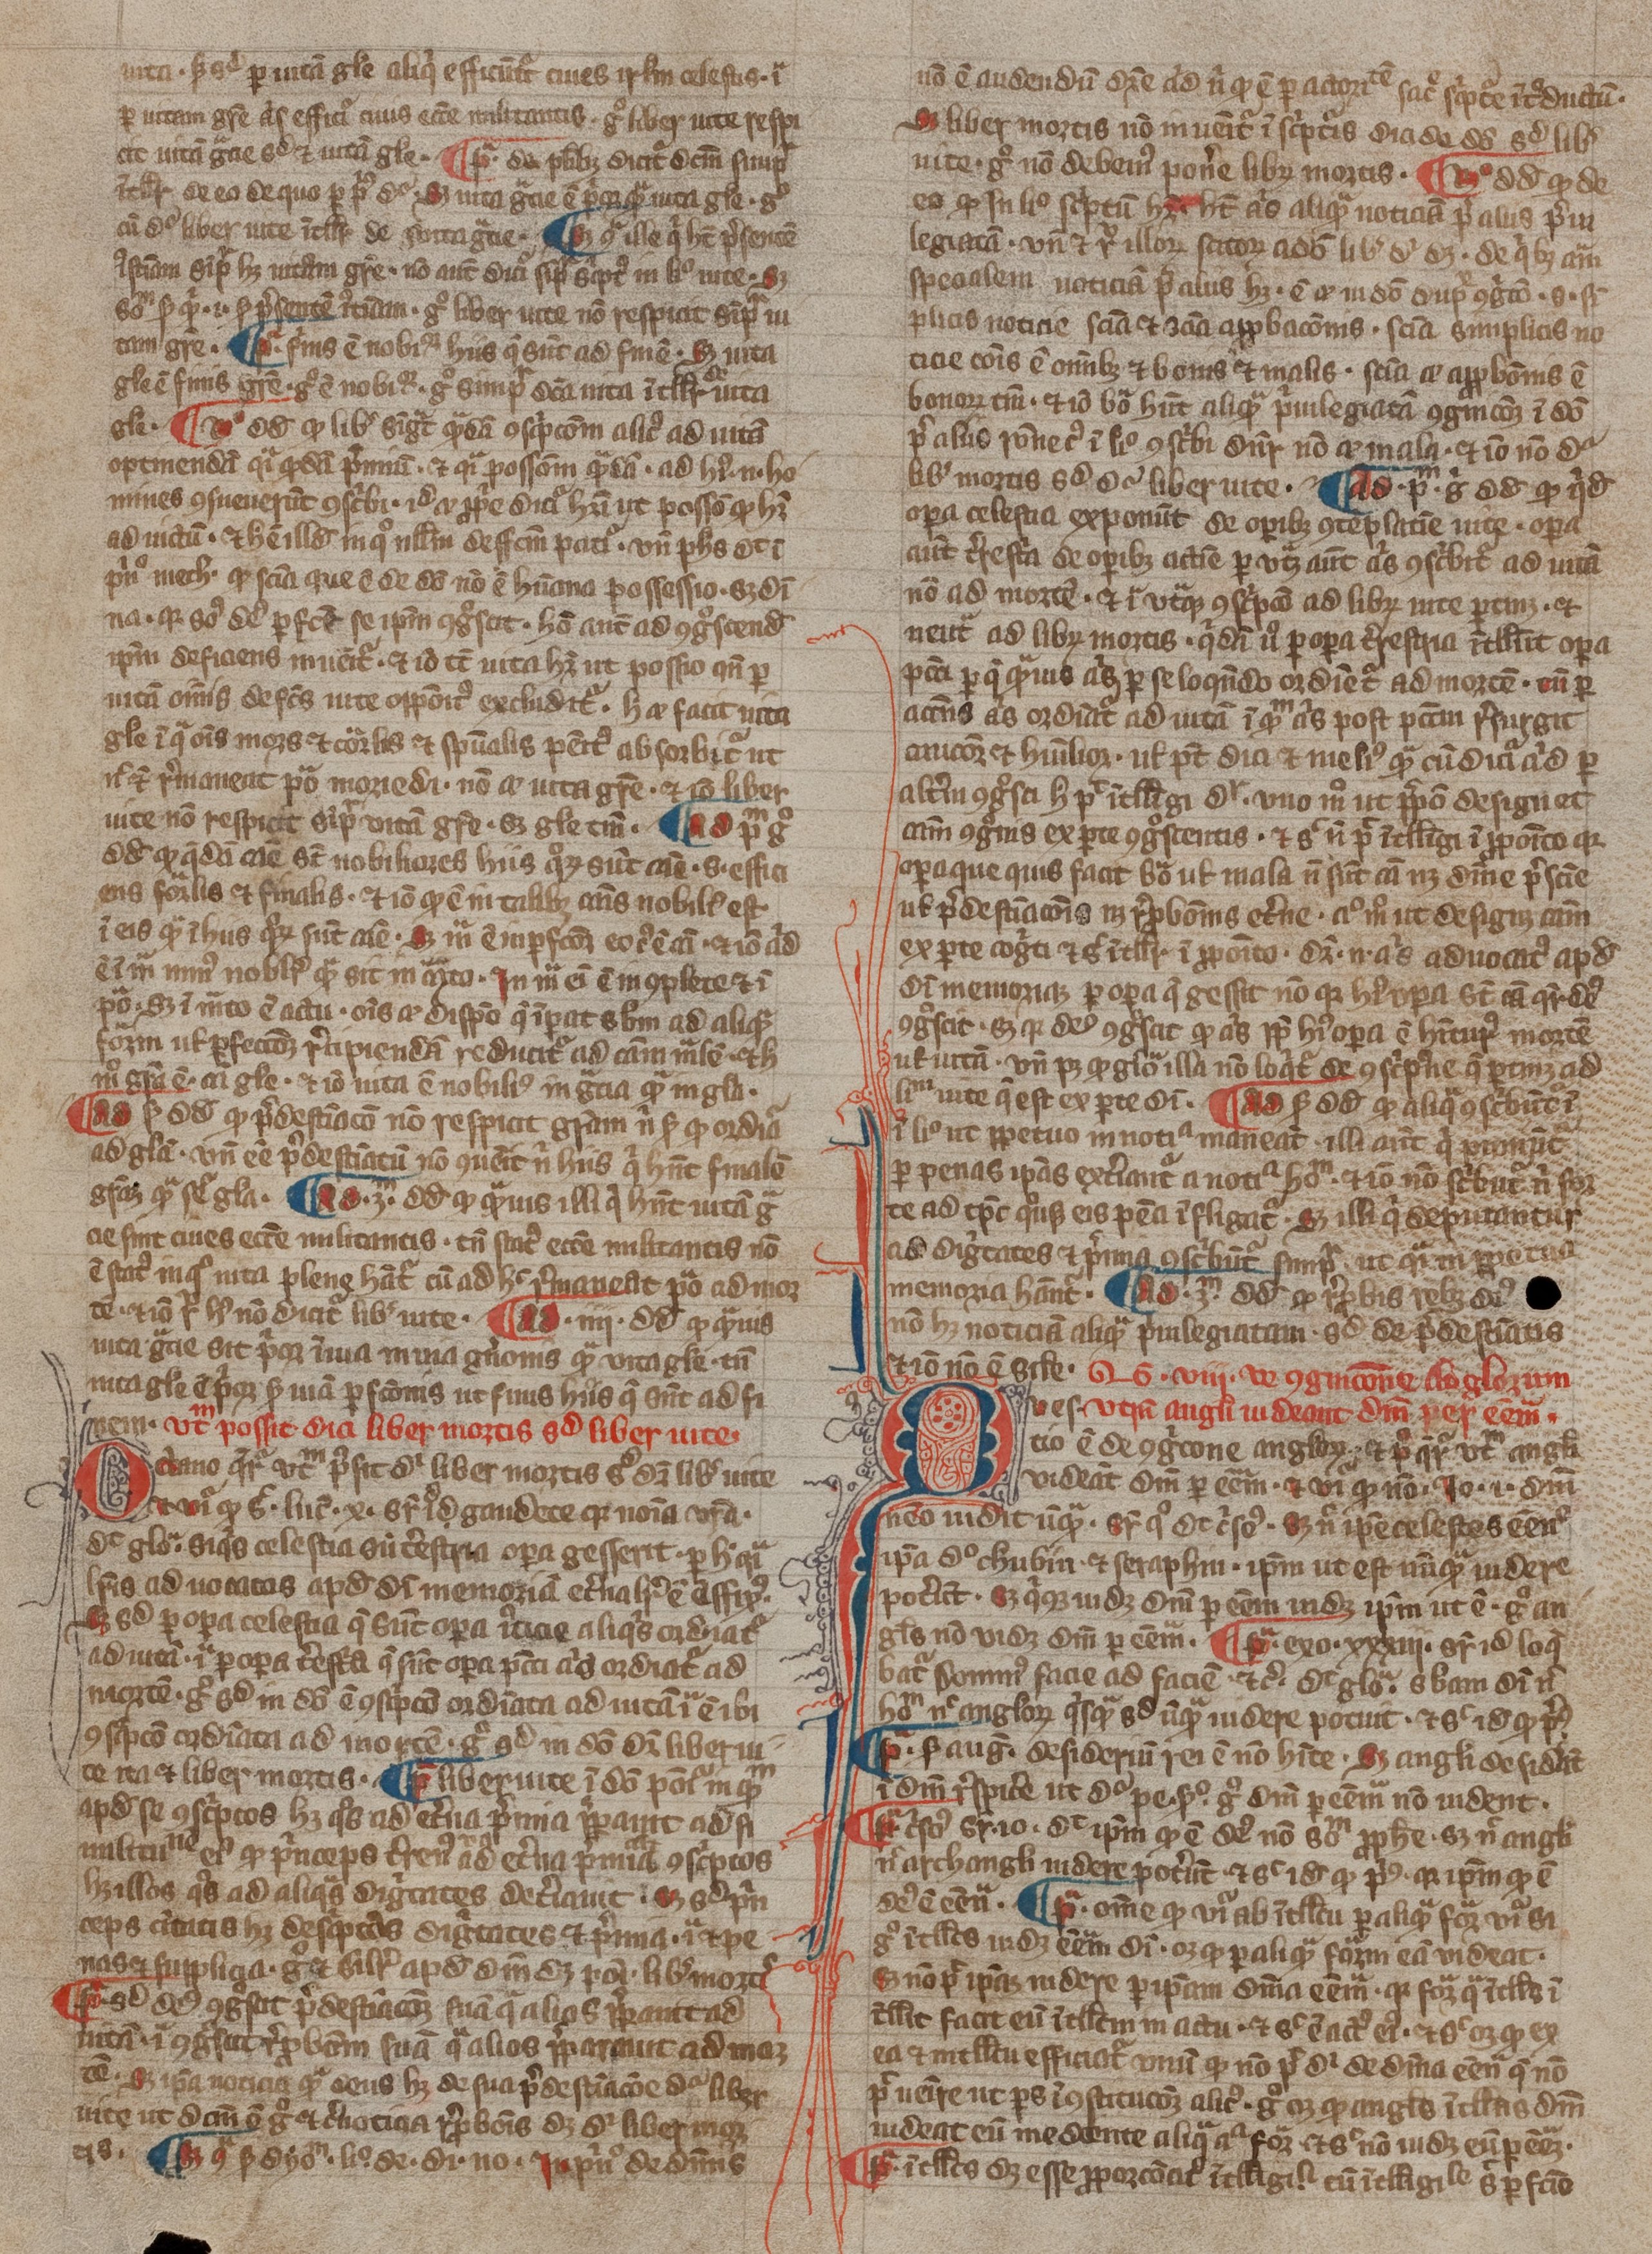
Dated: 1300–1399